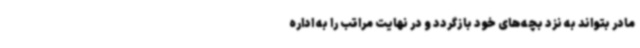
مادر بتواند به نزد بچه‌های خود بازگردد و در نهایت مراتب را به اداره